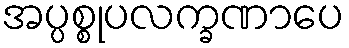
အပ္ပစ္စုပလက္ခဏာပေ